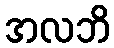
အလဘိ